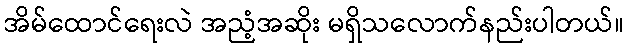
အိမ်ထောင်ရေးလဲ အညံ့အဆိုး မရှိသလောက်နည်းပါတယ်။